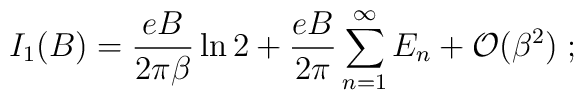
I_1(B) = \frac {eB} {2 \pi \beta} \ln 2 + \frac {eB} {2 \pi} \sum_{n=1}^{\infty} E_n + {\cal {O}}(\beta^2) \; ;